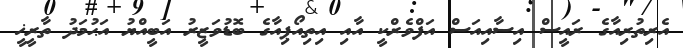
އެރިތުރިއާގެ ރައީސް އިސާއިއަސް އަފްވެރްކީ އާއި އިތިއޯޕިއާގެ ބޮޑުވަޒީރު އަބީއްޔު އަޙުމަދު ތާރީޚީ